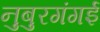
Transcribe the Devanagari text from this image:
नुबुरगंगई